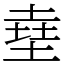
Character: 㙓